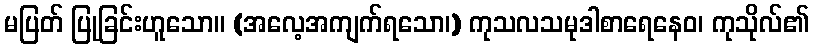
မပြတ် ပြုခြင်းဟူသော။ (အလေ့အကျက်ရသော၊) ကုသလသမုဒါစာရေနေဝ၊ ကုသိုလ်၏